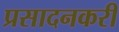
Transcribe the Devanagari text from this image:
प्रसादनकरी